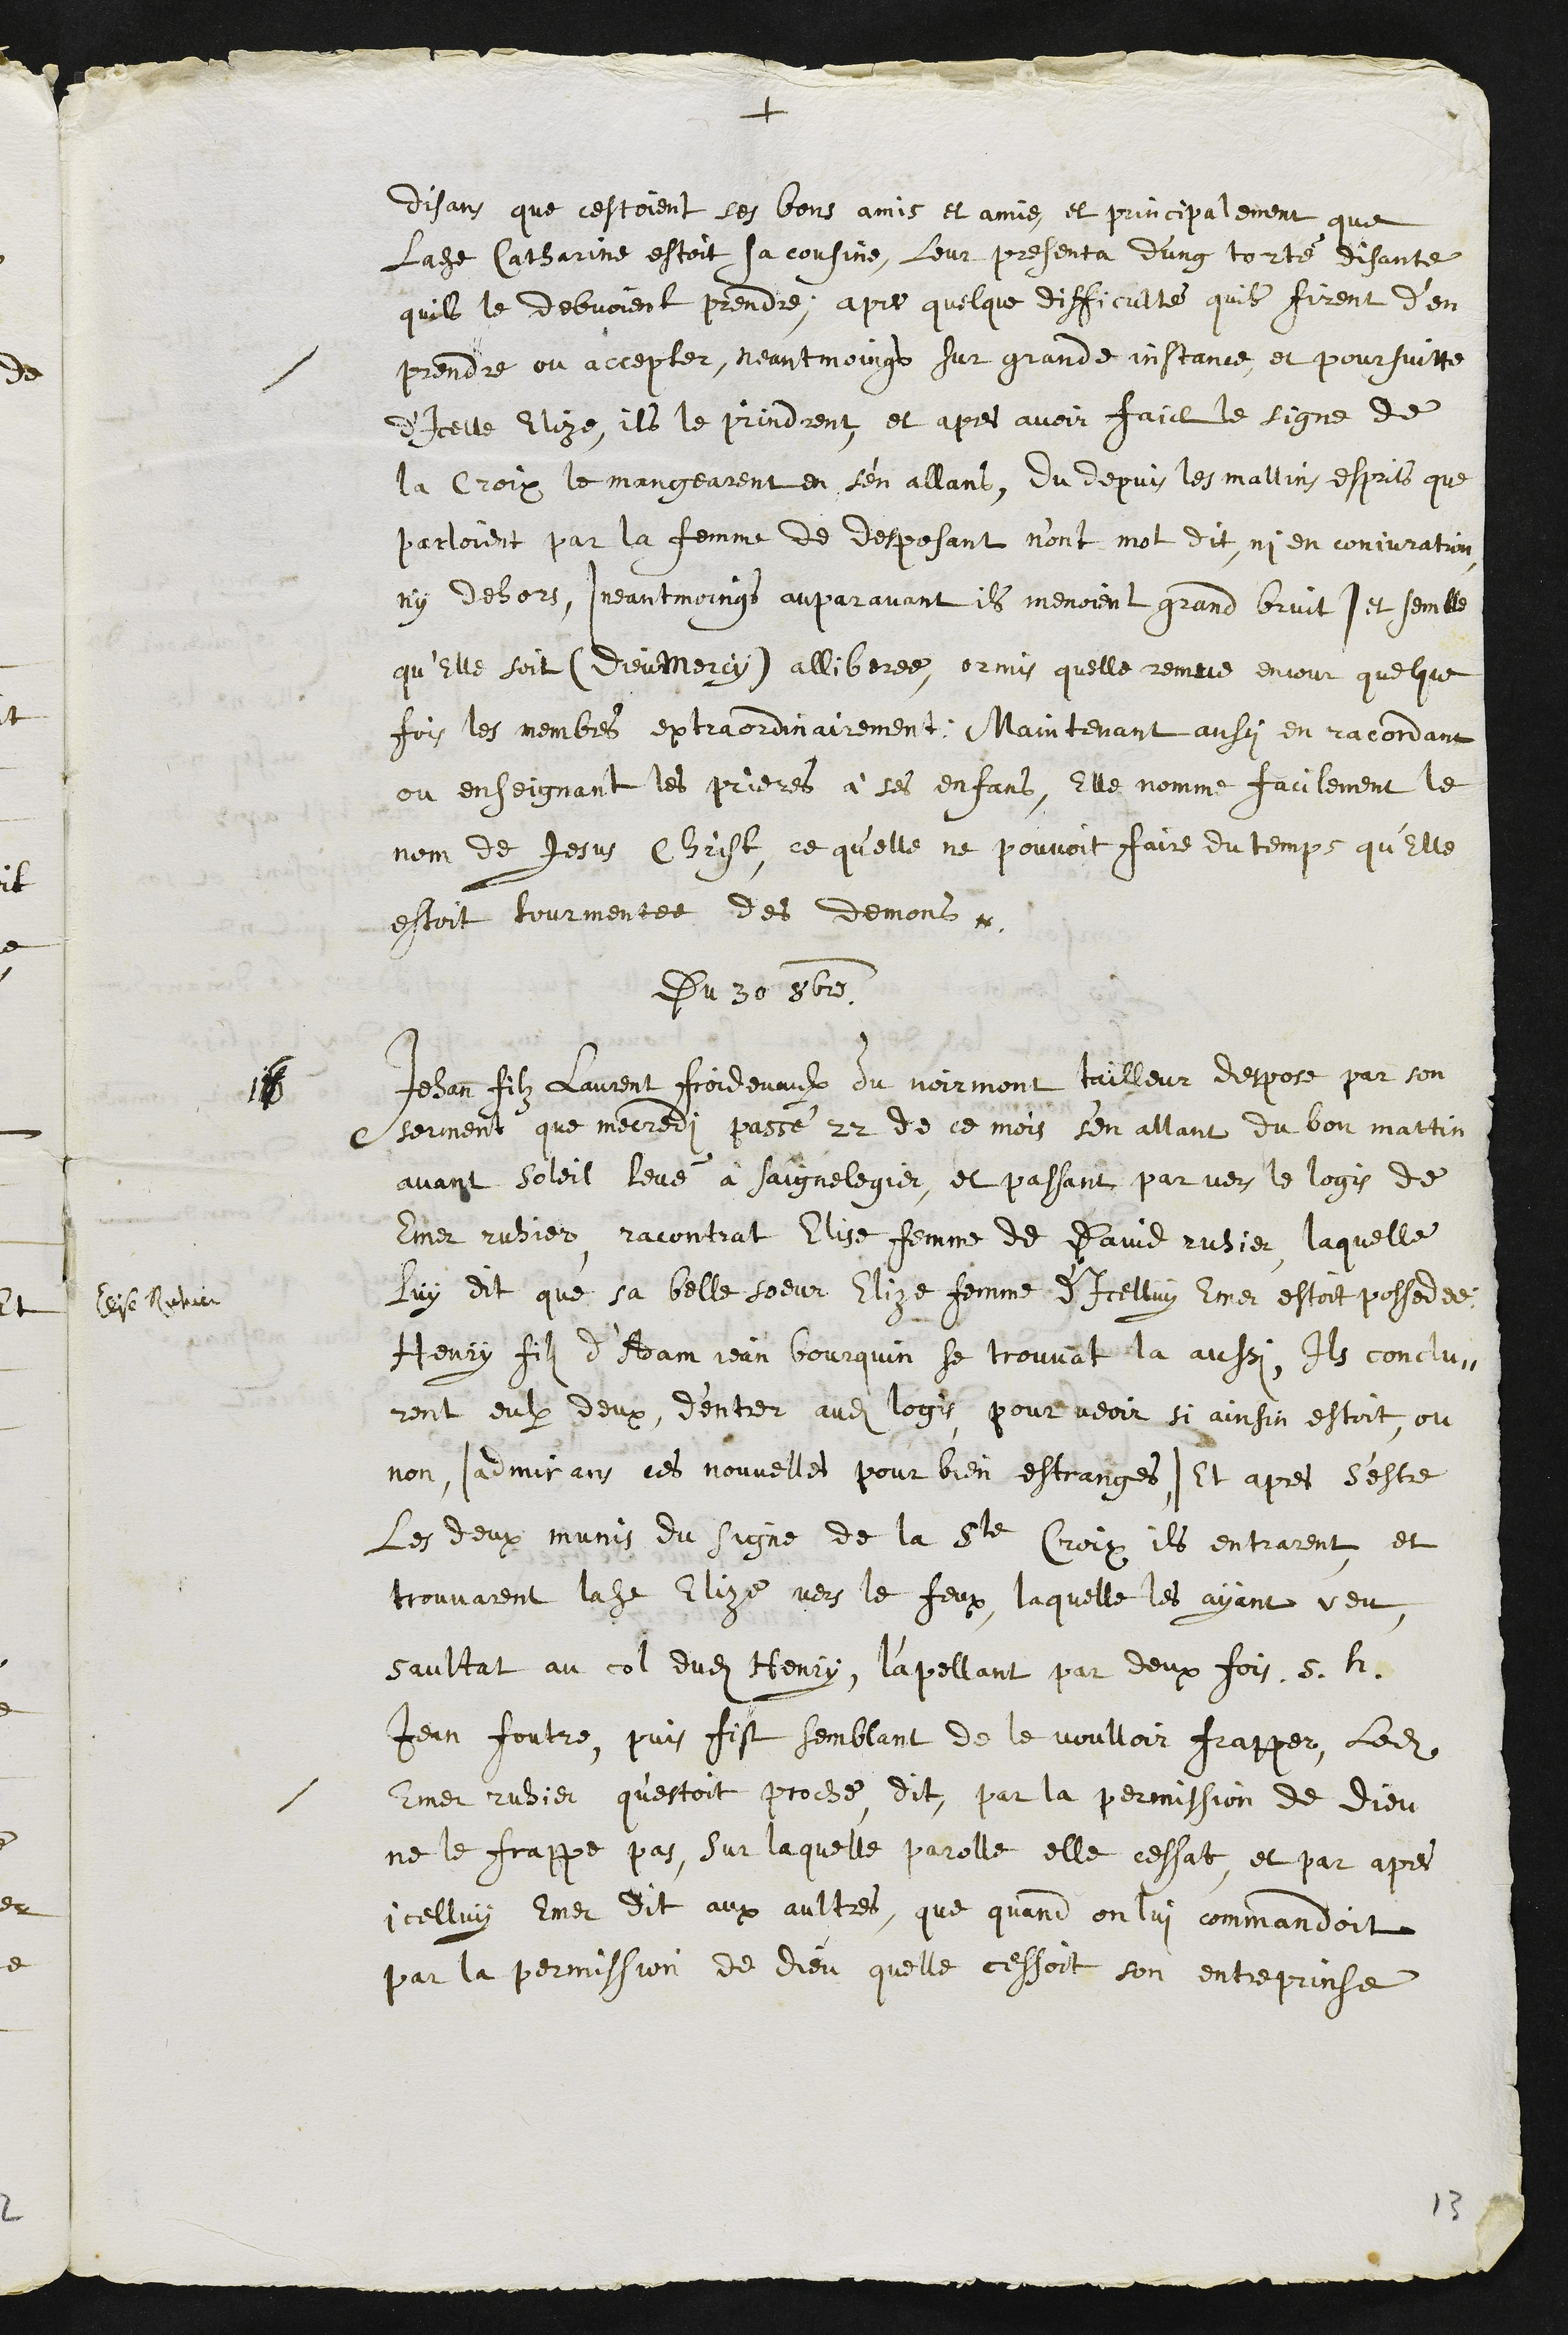
+
disans que cestoient ses bons amis et amie et principalement que
Ladite Catherine estoit sa cousine, leur presenta d'ung torté, disante
quil le debvoient prendre, apres quelque difficulté quil firent d’en
prendre, ou accepter, neantmoings sur grande instance, et poursuitte
d’icelle Elize, ils le prindrent et apres avoir faict le signe de
la Croix le mangearent en sen allant, Du depuis les mallins esprits que
parloient par la femme de desposant n'ont mot dit, ni en conjuration
ny dehors (neantmoings auparavant ils menoient grand bruit) et semble
qu’elle soit (Dieu mercy) alliberee, ormis quelle remue encour quelque
fois les membres extraordinairement. Maintenant aussi en racordant
ou enseignant les prieres à ses enfans, Elle nomme facilement le
nom de Jesus Christ, ce qu’elle ne pouvoit faire du temps qu’Elle
estoit tourmente des demons.
Du 30 8bre
16
Jehan filz Laurent Froidevaulx du Noirmont tailleur despose par son
serment que mecredi passé 22 de ce mois s'en allant du bon mattin
avant soleil levé à Saignelegier et passant par vers le logis de
Emer ruhier, racontrat Elise femme de David ruhier laquelle
luy dit que sa belle soeur, Elize femme d’icelluy Emer estoit possedee
Elise Ruhier
Henry fils d’Adam Jean Bourquin se trouvat la aussi, ils conclu-
rent eulx deux d'entrer audit logis pour veoir si ainsin estoit, ou
non (admirans ces nouvelles pour bien estranges) Et apres s’estre
Les deux munis du signe de la Ste Croix, ils entrarent et
trouvarent ladite Elize, vers le feux, laquelle les ayant veu
saultat au col dudit Henry, l'apellant par deux fois s.h.
Jean foutre, puis fist semblant de le voulloir frapper, ledit
Emer ruhier qu'estoit proche dit, par la permission de Dieu
ne le frappe pas, sur laquelle parolle, elle cessat, et par apres
icelluy Emer dit aux aultres, que quand on lui commandoit
par la permission de dieu quelle cessoit son entreprinse
13